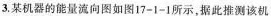
3.某机器的能量流向图如图17-1-1所示，据此推测该机